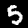
Digit: 5